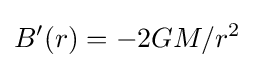
B'(r)=-2GM/r^{2}